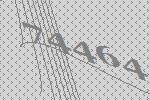
74464